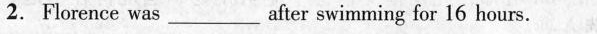
2. Florence was_after swimming for 16 hours.